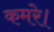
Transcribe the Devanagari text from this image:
कमरे।